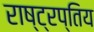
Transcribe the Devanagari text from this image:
राष्ट्रप्तिय